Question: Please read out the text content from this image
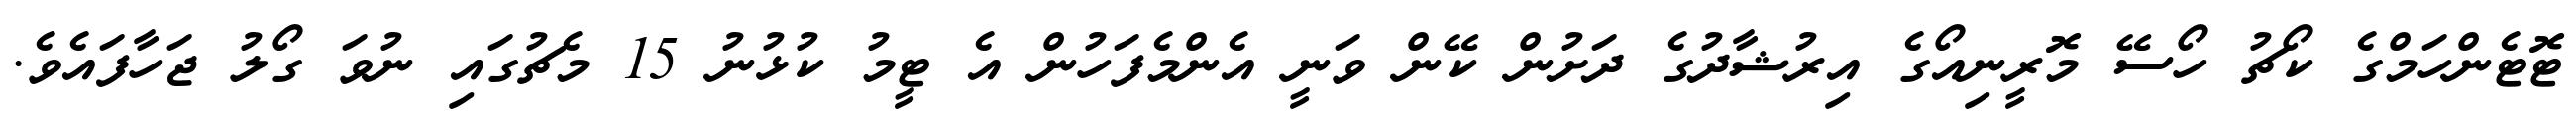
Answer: ޓޮޓެންހަމްގެ ކޯޗު ހޯސޭ މޮރީނިއޯގެ އިރުޝާދުގެ ދަށުން ކޭން ވަނީ އެންމެފަހުން އެ ޓީމު ކުޅުނު 15 މެޗުގައި ނުވަ ގޯލު ޖަހާފައެވެ.